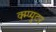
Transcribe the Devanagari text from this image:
क्म्प्युटर